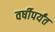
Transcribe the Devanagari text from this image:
वर्षीपर्यंत